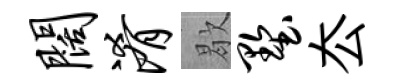
阔淆歇墅厺